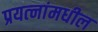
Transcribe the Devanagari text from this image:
प्रयत्‍नांमधील